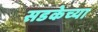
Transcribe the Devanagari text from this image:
सडकेच्या